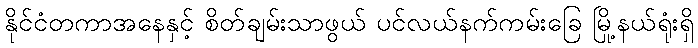
နိုင်ငံတကာအနေနှင့် စိတ်ချမ်းသာဖွယ် ပင်လယ်နက်ကမ်းခြေ မြို့နယ်ရုံးရှိ